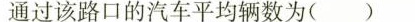
通过该路口的汽车平均辆数为( )